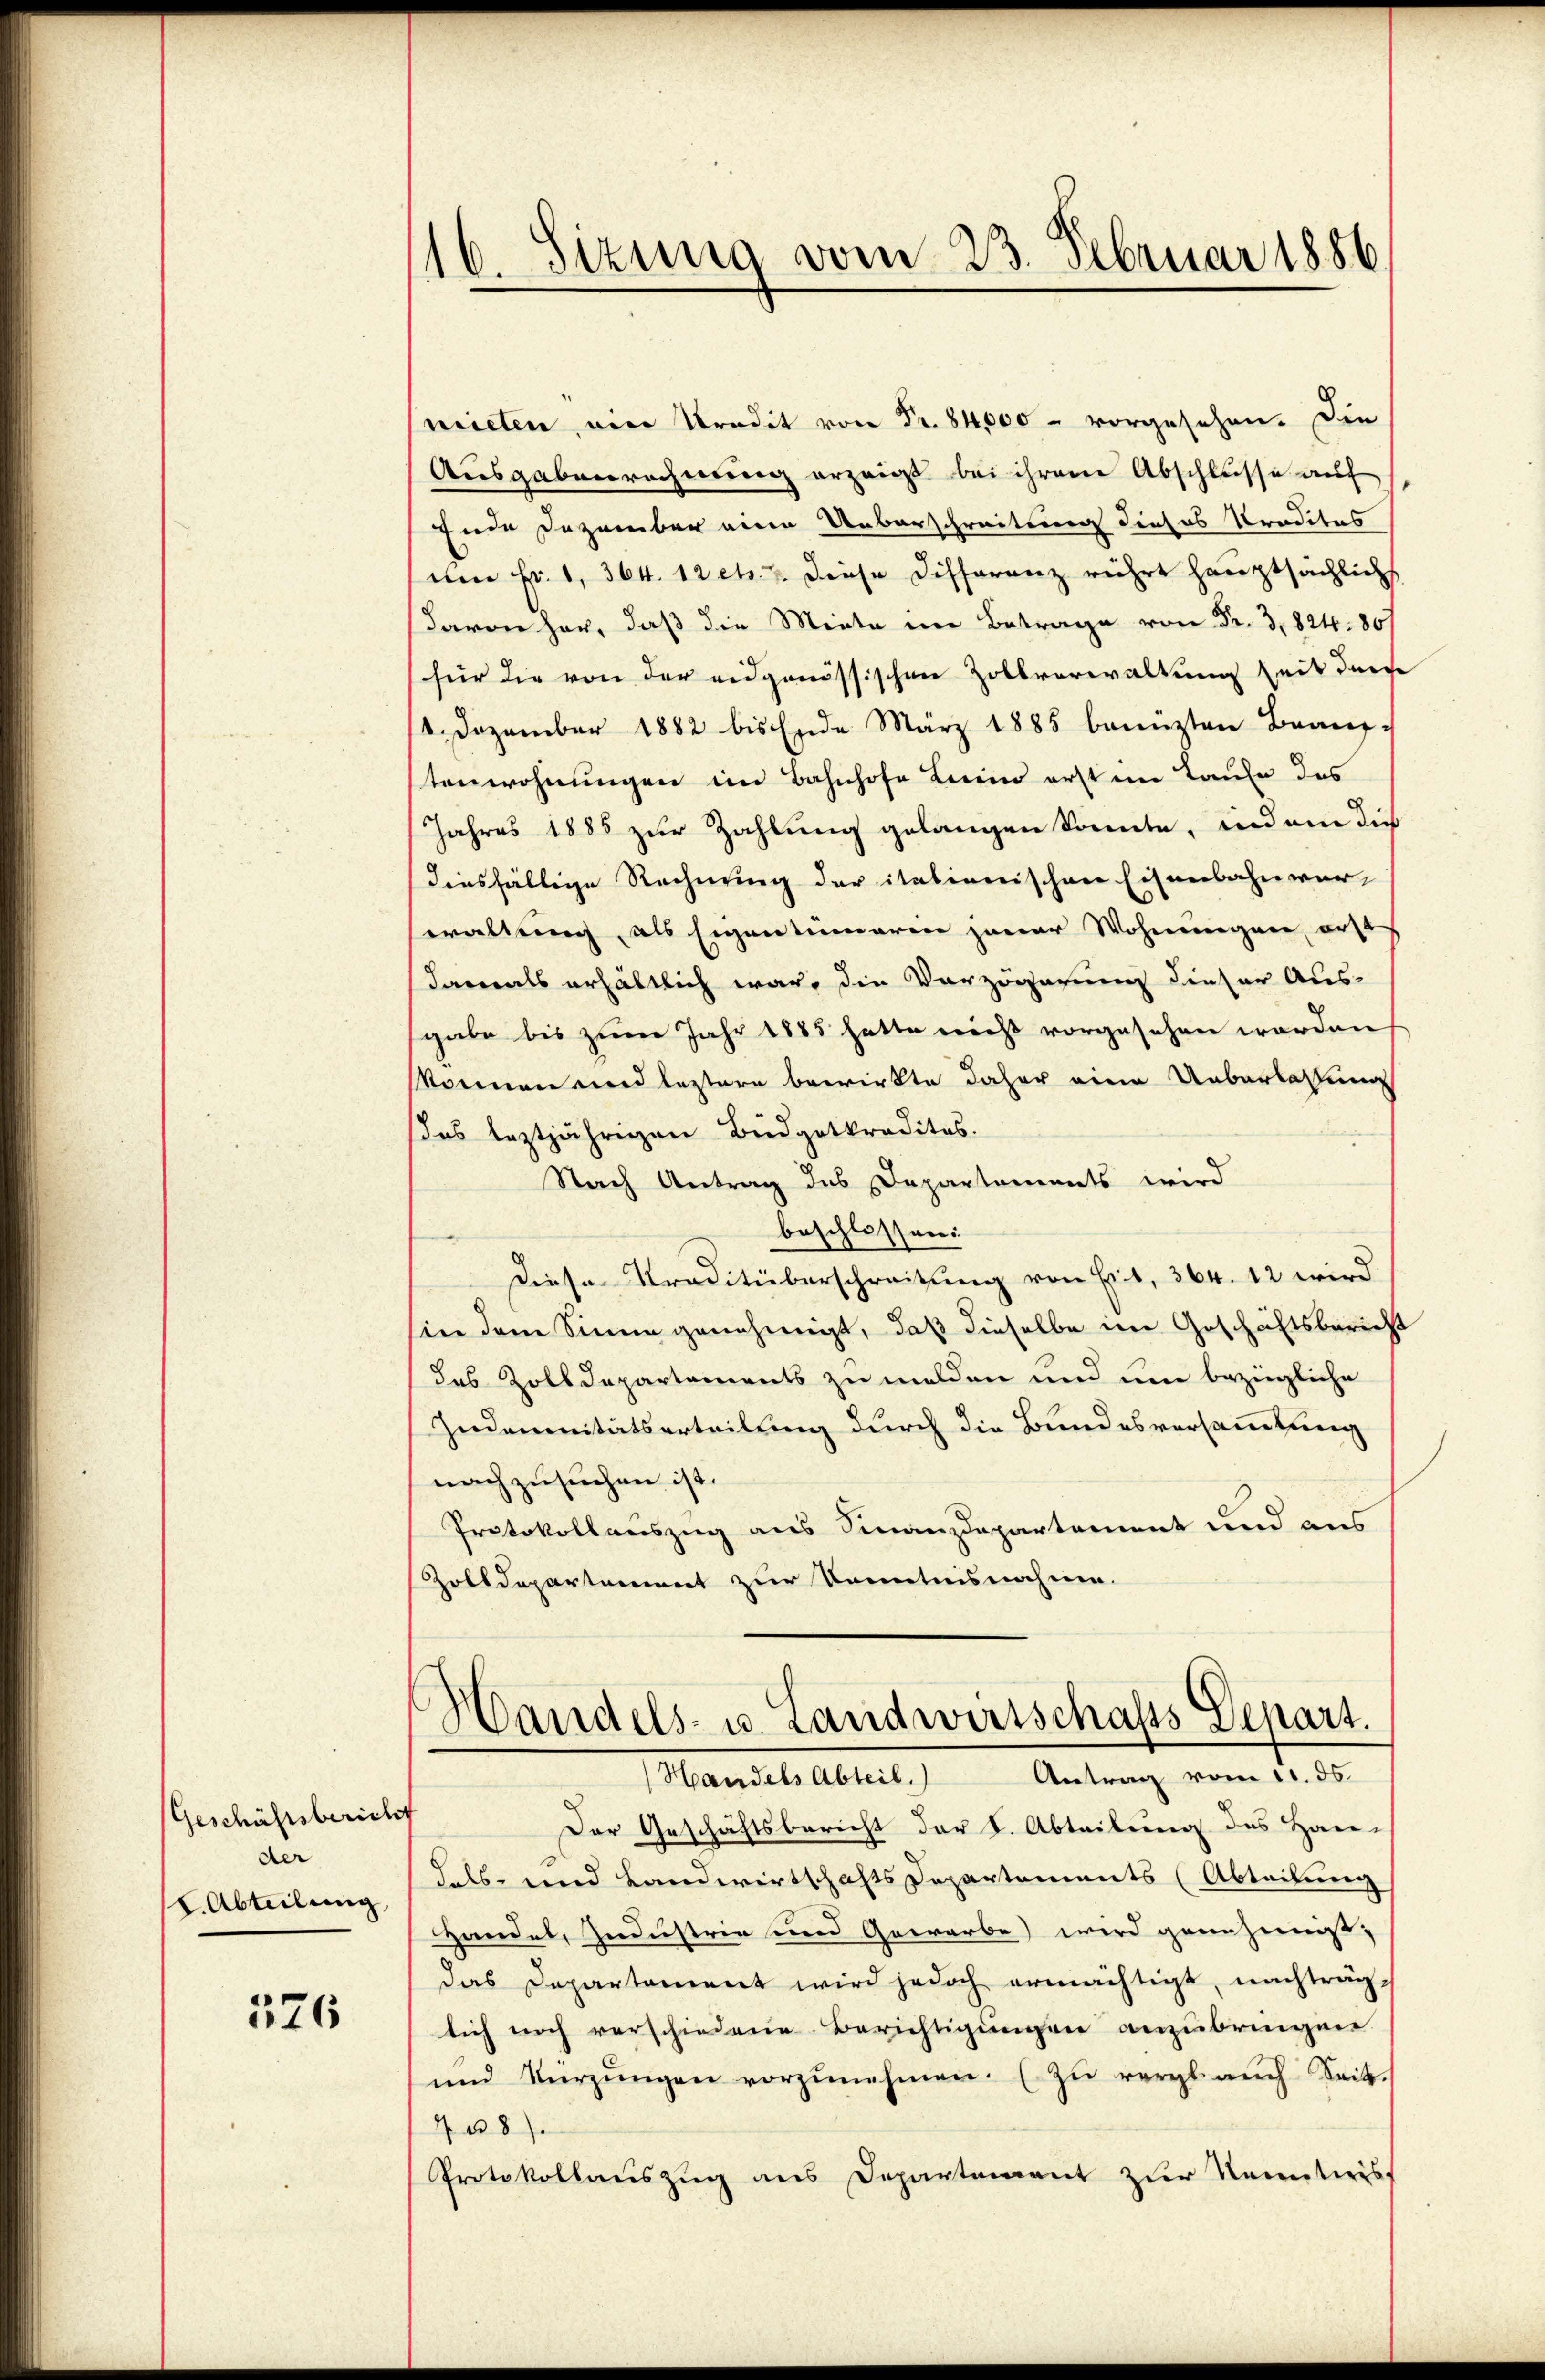
Geschäftsbericht
der
C.Abteilung

576

116. Sizung vom 23. Februar 1886

mieten, ein Kredit Fr. 800 vorgesehen. Die
Ausgabenrechnung erzeigt bei ihrem Abschlusse auf
fende Dezember eine Ueberschreitung dieses Praditas
um Fr. 1, 364. 12 cts. 7. diese Differenz rührt hauptsächlich
davon her, daβ die Miete u.
für die von der eidgenössischen Zollverwaltung seit durch
12. Dezember 1882 bis Ende März 1885 benuzten Branz-
tenwohnungen im Bahnhofe Leim erst im Laufe des
Jahres 1885 zur Zahlung gelangen könnte, indem die
diesfällige Rechnung der itationischen Eisenbahnwärwaltung als Eigentumarin jener Wohnungen, erst
damals erhältlich war, die Verzögerung dieser Aus-
gabe bis zum Jahr 1885 hatte nicht vorgesehen worden
können und leztere bewirkte daher eine Ueberlassung
das leztjährigen Büdgetkredites.
Nach Antrag des Departaments wird
beschlossen:
Diese Traditüberschreitung von Eit, 364. 12 wird
sin dem Sinne genehmigt, daß dieselbe im Geschäftsbericht
das Zolldepartements zu melden und um bezingliche
Indemnitätserteilung durch die Bundesversammlung
nachzusuchen ist.
Protokollauszug aus Finanzdepartement und aus
Zolldepartement zur Kenntnisnahmen.

Handels- u. Landwirtschafts Depart.
Handels Abteil. Antrag vom 11. ds.

Der Geschäftsbericht der S. Abteilung des Han-
dels- und Landwirtschafts Departements (Abteilung
Handel, Industrie und Gewarbe) wird genehmigt;
das Departement wird jedoch ermächtigt, nachträglich noch verschiedene Berichtigungen anzubringen.
ŭnd Kürzŭngen vorzŭnehmen. (zŭ vergl. auch Seit
48).
Protokollauszug aus Departement zur Kenntweis